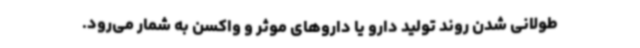
طولانی شدن روند تولید دارو یا داروهای موثر و واکسن به شمار می‌رود.